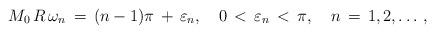
LaTeX: \begin{align*}M_0\,R\,\omega_n\,=\,(n-1)\pi\,+\,\varepsilon_n,\quad0\,<\,\varepsilon_n \,<\,\pi, \quad n\,=\,1,2,\dots\,{,}\end{align*}